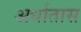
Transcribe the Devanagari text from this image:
अर्धातास